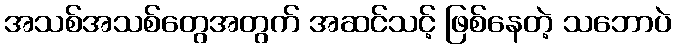
အသစ်အသစ်တွေအတွက် အဆင်သင့် ဖြစ်နေတဲ့ သဘောပဲ